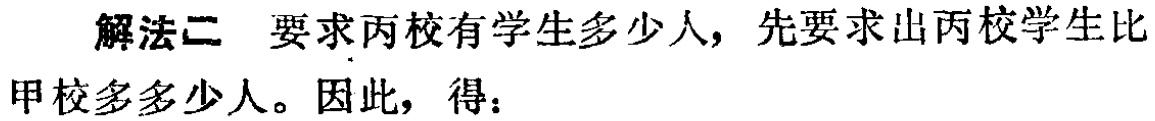
解法二 要求丙校有学生多少人，先要求出丙校学生比甲校多多少人。因此，得：